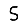
Digit: 5